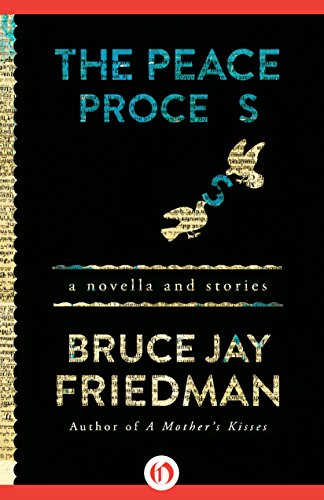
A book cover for The Peace Process: A Novella and Stories; Bruce Jay Friedman; Literature & Fiction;